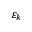
\varepsilon _ { k }